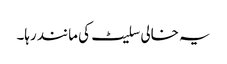
یہ خالی سلیٹ کی مانند رہا۔